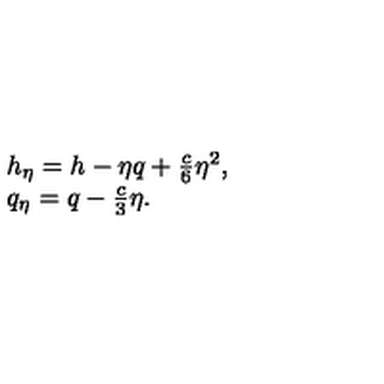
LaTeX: \begin{array} { l } { h _ { \eta } = h - \eta q + { \frac { c } { 6 } } \eta ^ { 2 } , } \\ { q _ { \eta } = q - { \frac { c } { 3 } } \eta . } \\ \end{array}